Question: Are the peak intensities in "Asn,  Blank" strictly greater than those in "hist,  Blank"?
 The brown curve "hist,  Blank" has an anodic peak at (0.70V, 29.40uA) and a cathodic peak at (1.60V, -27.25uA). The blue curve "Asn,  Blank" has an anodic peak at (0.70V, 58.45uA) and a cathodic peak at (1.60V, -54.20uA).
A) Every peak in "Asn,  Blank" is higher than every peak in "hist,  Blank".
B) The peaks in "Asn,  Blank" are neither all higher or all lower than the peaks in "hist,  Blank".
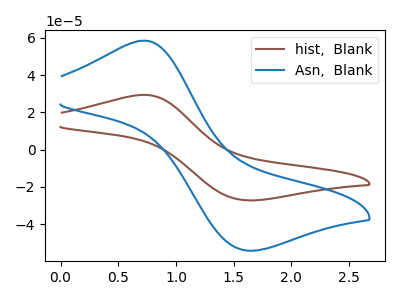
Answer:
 <answer>A) Every peak in "Asn,  Blank" is higher than every peak in "hist,  Blank".</answer>
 <eval>A</eval>